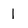
Character: l